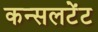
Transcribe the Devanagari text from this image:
कन्सलटेंट